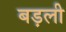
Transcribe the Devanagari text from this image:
बड़ली